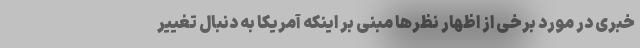
خبری در مورد برخی از اظهار نظرها مبنی بر اینکه آمریکا به دنبال تغییر